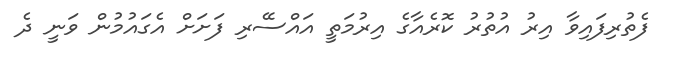
ފެތުރިފައިވާ އިރު އުތުރު ކޮރެއާގެ އިރުމަތީ އައްސޭރި ފަށަށް އެގައުމުން ވަނީ ދެ